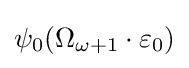
\psi _{0}(\Omega _{\omega +1}\cdot \varepsilon _{0})